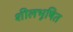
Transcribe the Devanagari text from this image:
शीलभूषित